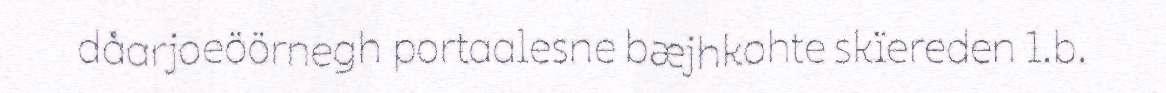
dåarjoeöörnegh portaalesne bæjhkohte skïereden 1.b.